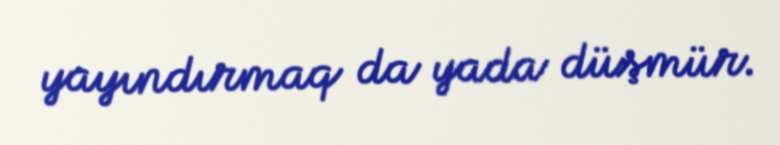
yayındırmaq da yada düşmür.